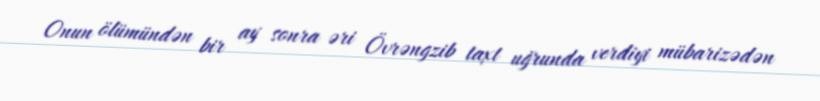
Onun ölümündən bir ay sonra əri Övrəngzib taxt uğrunda verdiyi mübarizədən